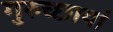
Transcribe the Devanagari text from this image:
गुरुच्छायां